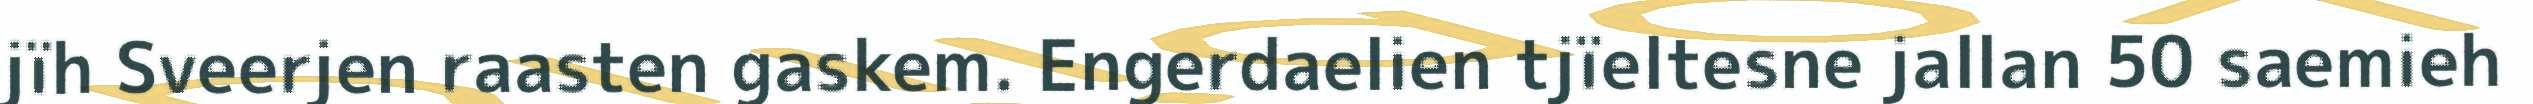
jïh Sveerjen raasten gaskem. Engerdaelien tjïeltesne jallan 50 saemieh